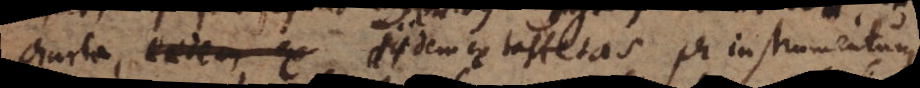
charta, eaedem, ex iidem ex taffetas per instrumentum.